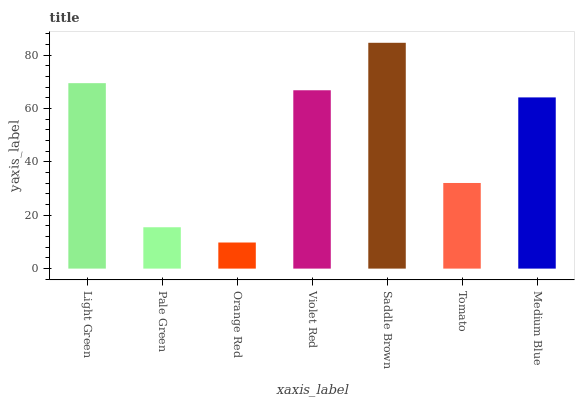
| xaxis_label | bars |
 | --- | --- |
 | Light Green | 69.5 |
 | Pale Green | 15.5 |
 | Orange Red | 9.78 |
 | Violet Red | 66.9 |
 | Saddle Brown | 84.7 |
 | Tomato | 32.1 |
 | Medium Blue | 64.2 |